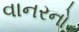
વાનરનો